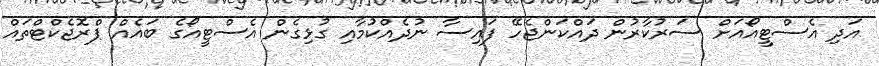
އަދި އެސްޓީއޯއަށް ސަރުކާރުން ދައްކަންޖެހޭ ފައިސާ ނުދެއްކުމާއި ގުޅިގެން އެސްޓީއޯގެ ބައެއް ޕްރޮޖެކްޓްތައް